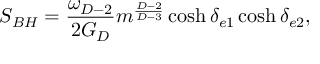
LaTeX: S _ { B H } = { \frac { \omega _ { D - 2 } } { 2 G _ { D } } } m ^ { \frac { D - 2 } { D - 3 } } \cosh \delta _ { e 1 } \cosh \delta _ { e 2 } ,